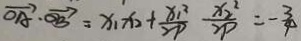
\overrightarrow { O A } \cdot \overrightarrow { O B } = x _ { 1 } x _ { 2 } + \frac { x _ { 1 } ^ { 2 } } { 2 P } \frac { x _ { 2 } ^ { 2 } } { 2 P } = - \frac { 3 } { 4 }